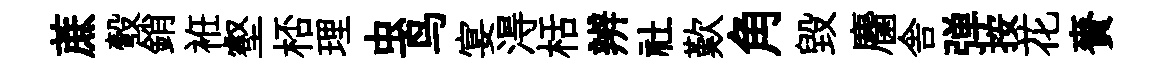
蔗彀銷袵壑桮理虫鸟宴淂栝辨社歎角毁麕舎弹按花賚